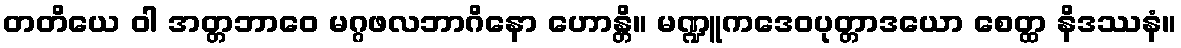
တတိယေ ဝါ အတ္တဘာဝေ မဂ္ဂဖလဘာဂိနော ဟောန္တိ။ မဏ္ဍူကဒေဝပုတ္တာဒယော စေတ္ထ နိဒဿနံ။